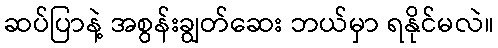
ဆပ်ပြာနဲ့ အစွန်းချွတ်ဆေး ဘယ်မှာ ရနိုင်မလဲ။